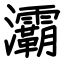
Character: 灞